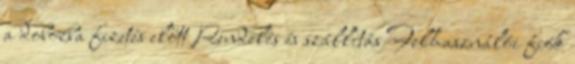
a dobozba fizetés előtt Rendelés és szállítás Felhasználói fiók